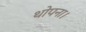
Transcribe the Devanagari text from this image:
थोपना।